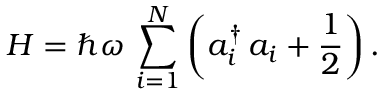
H = \hbar \omega \, \sum _ { i = 1 } ^ { N } \left( a _ { i } ^ { \dagger } \, a _ { i } + { \frac { 1 } { 2 } } \right) .